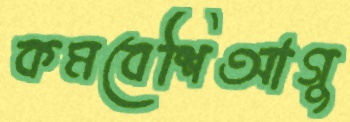
কমবেশিআগু